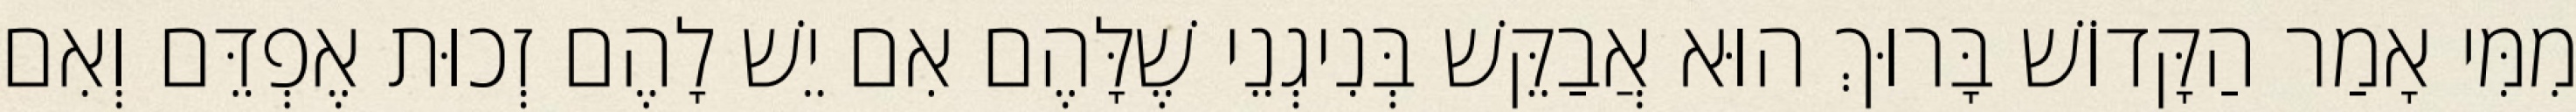
מִמִּי אָמַר הַקָּדוֹשׁ בָּרוּךְ הוּא אֲבַקֵּשׁ בְּנִיגְנֵי שֶׁלָּהֶם אִם יֵשׁ לָהֶם זְכוּת אֶפְדֵּם וְאִם